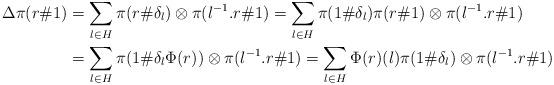
LaTeX: \begin{align*}\Delta \pi(r \#1)& = \sum_{l\in H}\pi(r\#\delta_l)\otimes \pi(l^{-1}.r\#1) = \sum_{l\in H} \pi(1\#\delta_{l})\pi(r\#1) \otimes \pi(l^{-1}. r\#1) \\&= \sum_{l\in H} \pi(1\#\delta_{l}\Phi(r)) \otimes \pi(l^{-1}. r\#1)=\sum_{l\in H} \Phi(r)(l) \pi(1\#\delta_{l}) \otimes \pi(l^{-1}. r\#1)\end{align*}